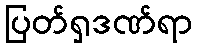
ပြတ်ရှဒဏ်ရာ